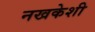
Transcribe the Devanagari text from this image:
नखकेशी